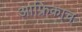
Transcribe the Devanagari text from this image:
आफ्रिकाच